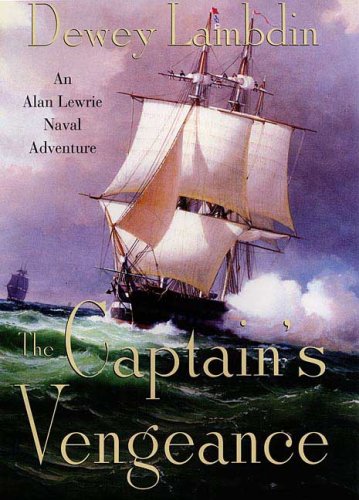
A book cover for The Captain's Vengeance (Alan Lewrie Naval Adventures); Dewey Lambdin; Literature & Fiction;